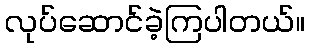
လုပ်ဆောင်ခဲ့ကြပါတယ်။